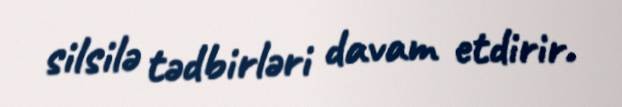
silsilə tədbirləri davam etdirir.